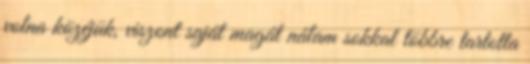
volna kö­zéjük, viszont saját magát nálam sokkal többre tartotta